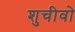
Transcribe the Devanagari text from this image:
शुचीवो